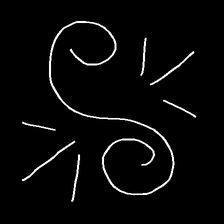
Glyph: wind-directs-air